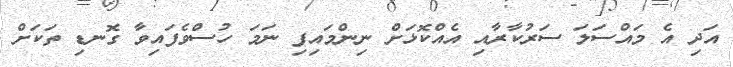
އަދި އެ މައްސަލަ ސަރުކާރާއި އެއްކޮޅަށް ނިންމައިފި ނަމަ ހުސްވެފައިވާ ގޮނޑި ތަކަށް